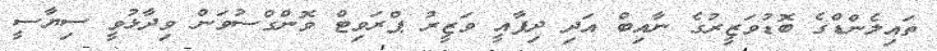
ތައިލެންޑްގެ ބޮޑުވަޒީރުގެ ނާއިބް އަދި ދިފާއީ ވަޒީރު ޕްރަވިޓް ވޮންގްސުވަން ވިދާޅުވީ ސިޔާސީ